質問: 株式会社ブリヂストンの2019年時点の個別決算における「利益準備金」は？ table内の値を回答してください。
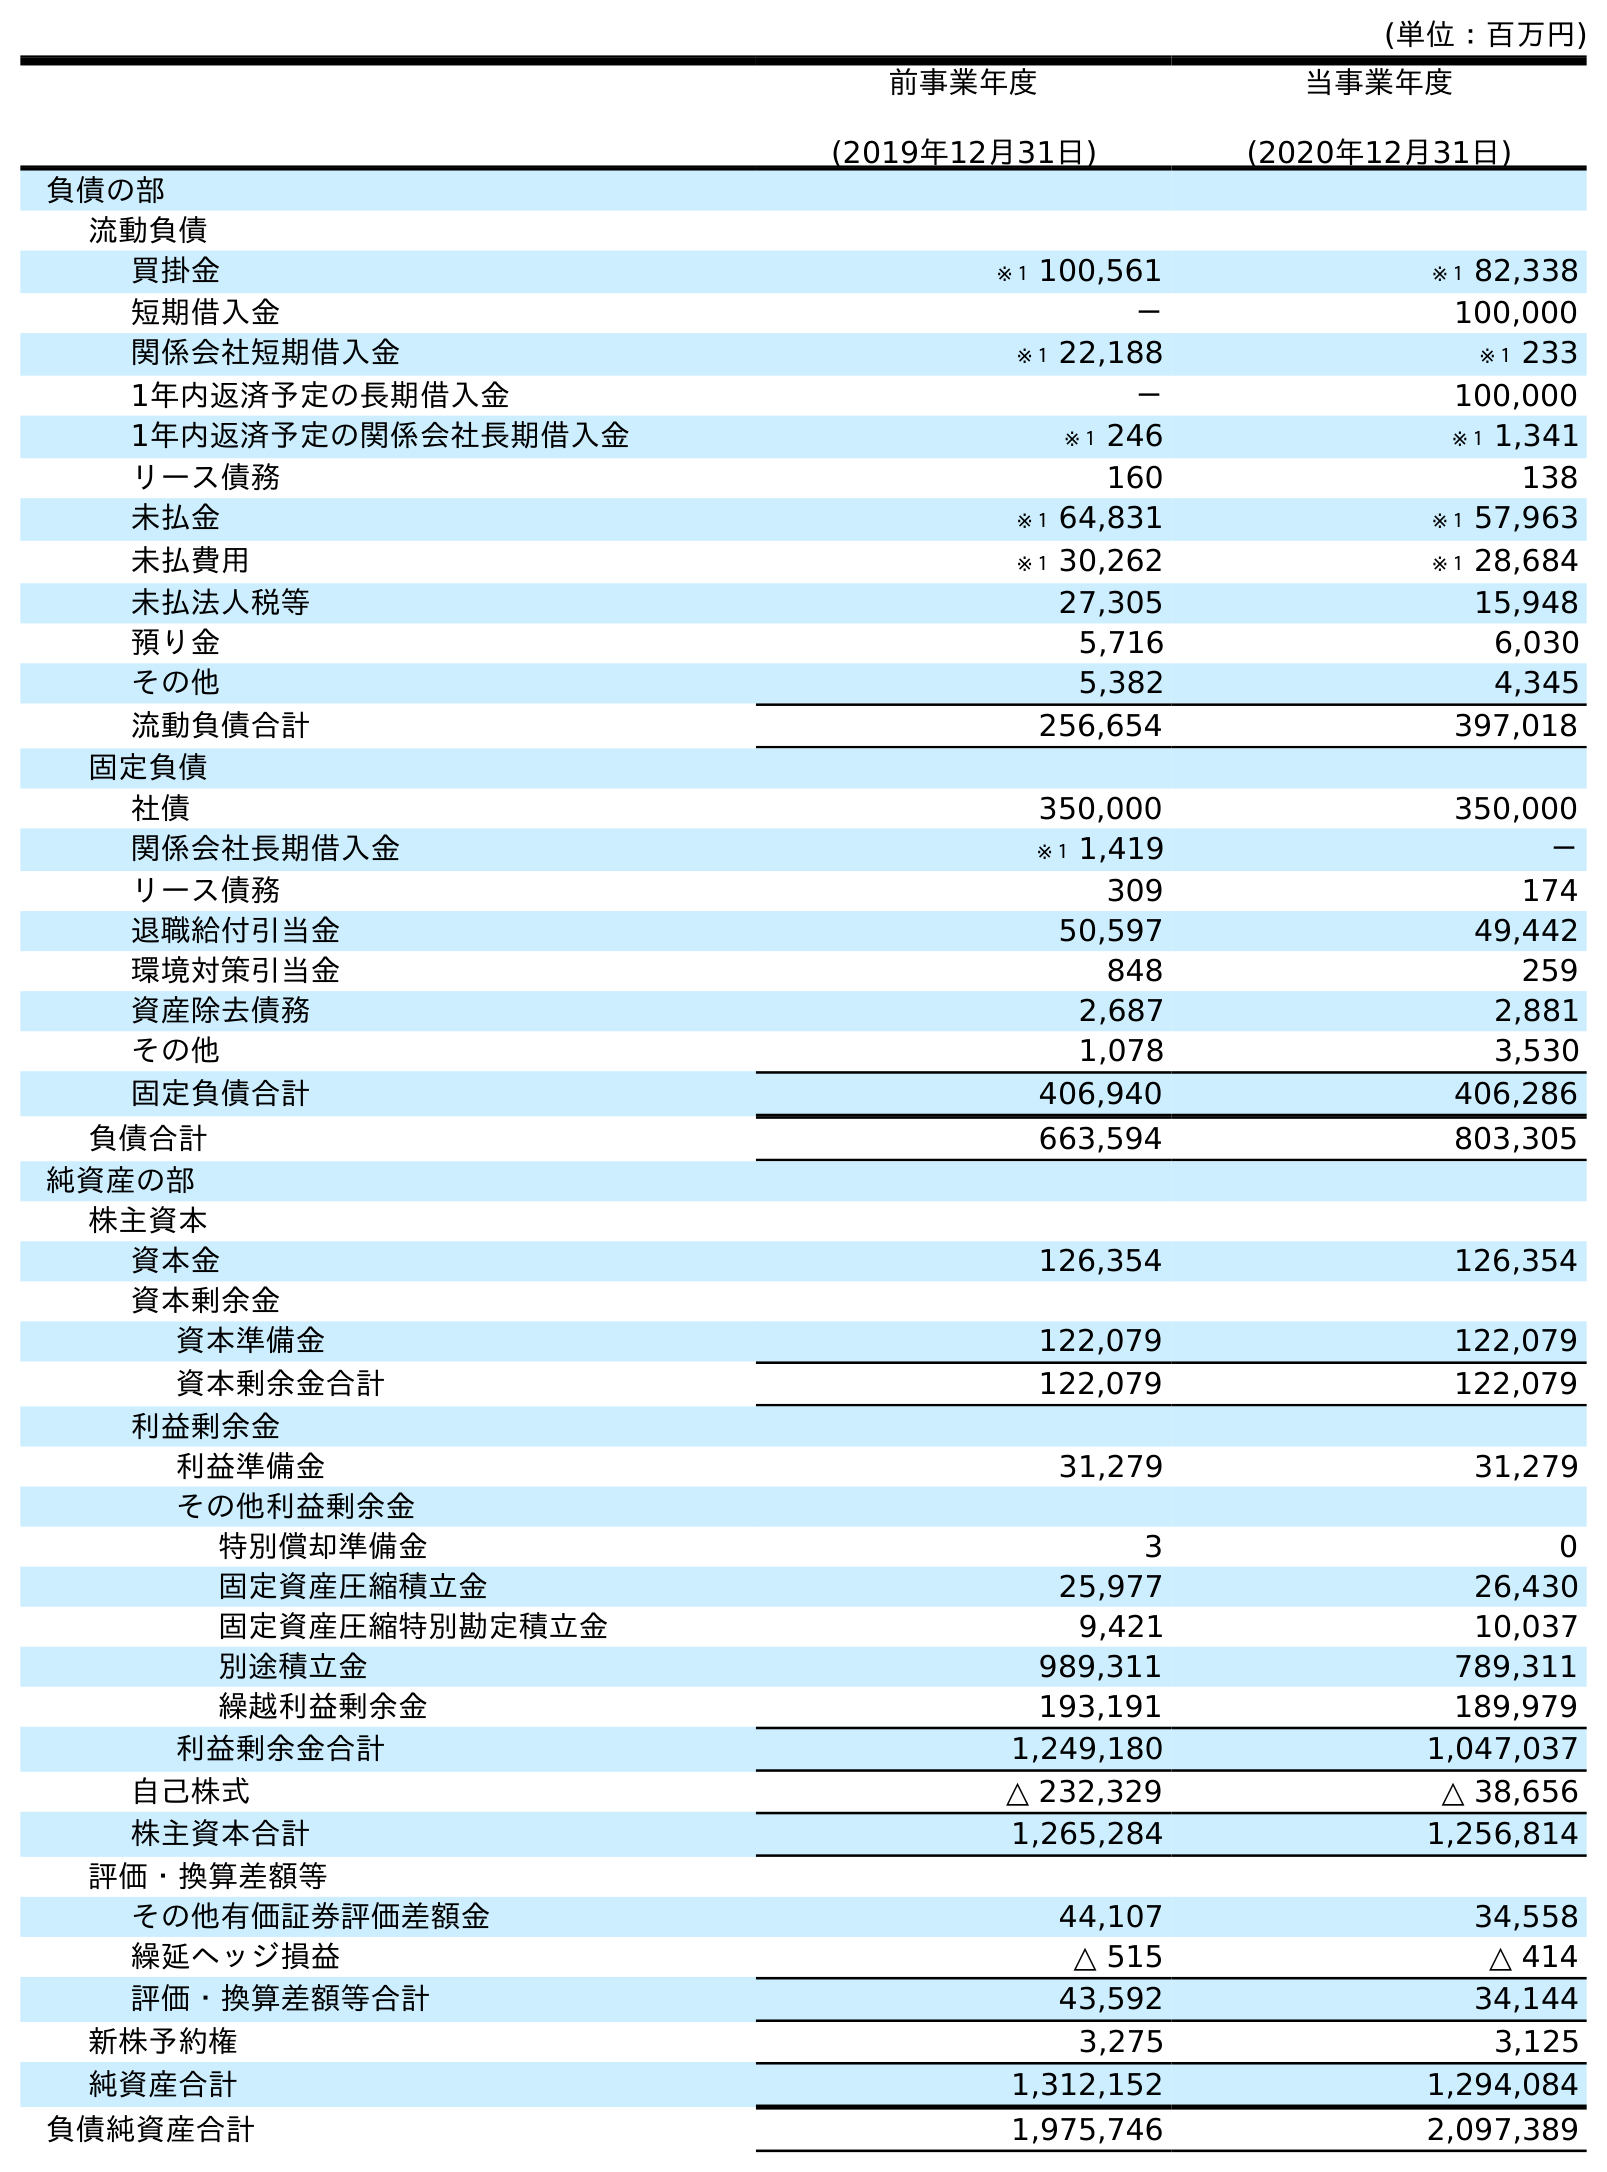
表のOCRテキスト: (単位：百万円) 前事業年度 (2019年12月31日) 当事業年度 (2020年12月31日) 負債の部 流動負債 買掛金 ※１ 100,561 ※１ 82,338 短期借入金 － 100,000 関係会社短期借入金 ※１ 22,188 ※１ 233 1年内返済予定の長期借入金 － 100,000 1年内返済予定の関係会社長期借入金 ※１ 246 ※１ 1,341 リース債務 160 138 未払金 ※１ 64,831 ※１ 57,963 未払費用 ※１ 30,262 ※１ 28,684 未払法人税等 27,305 15,948 預り金 5,716 6,030 その他 5,382 4,345 流動負債合計 256,654 397,018 固定負債 社債 350,000 350,000 関係会社長期借入金 ※１ 1,419 － リース債務 309 174 退職給付引当金 50,597 49,442 環境対策引当金 848 259 資産除去債務 2,687 2,881 その他 1,078 3,530 固定負債合計 406,940 406,286 負債合計 663,594 803,305 純資産の部 株主資本 資本金 126,354 126,354 資本剰余金 資本準備金 122,079 122,079 資本剰余金合計 122,079 122,079 利益剰余金 利益準備金 31,279 31,279 その他利益剰余金 特別償却準備金 3 0 固定資産圧縮積立金 25,977 26,430 固定資産圧縮特別勘定積立金 9,421 10,037 別途積立金 989,311 789,311 繰越利益剰余金 193,191 189,979 利益剰余金合計 1,249,180 1,047,037 自己株式 △ 232,329 △ 38,656 株主資本合計 1,265,284 1,256,814 評価・換算差額等 その他有価証券評価差額金 44,107 34,558 繰延ヘッジ損益 △ 515 △ 414 評価・換算差額等合計 43,592 34,144 新株予約権 3,275 3,125 純資産合計 1,312,152 1,294,084 負債純資産合計 1,975,746 2,097,389
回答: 31,279